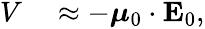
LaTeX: \begin{array}{rl}{V}&{{}\approx-\boldsymbol{\mu}_{0}\cdot\mathbf{E}_{0},}\end{array}